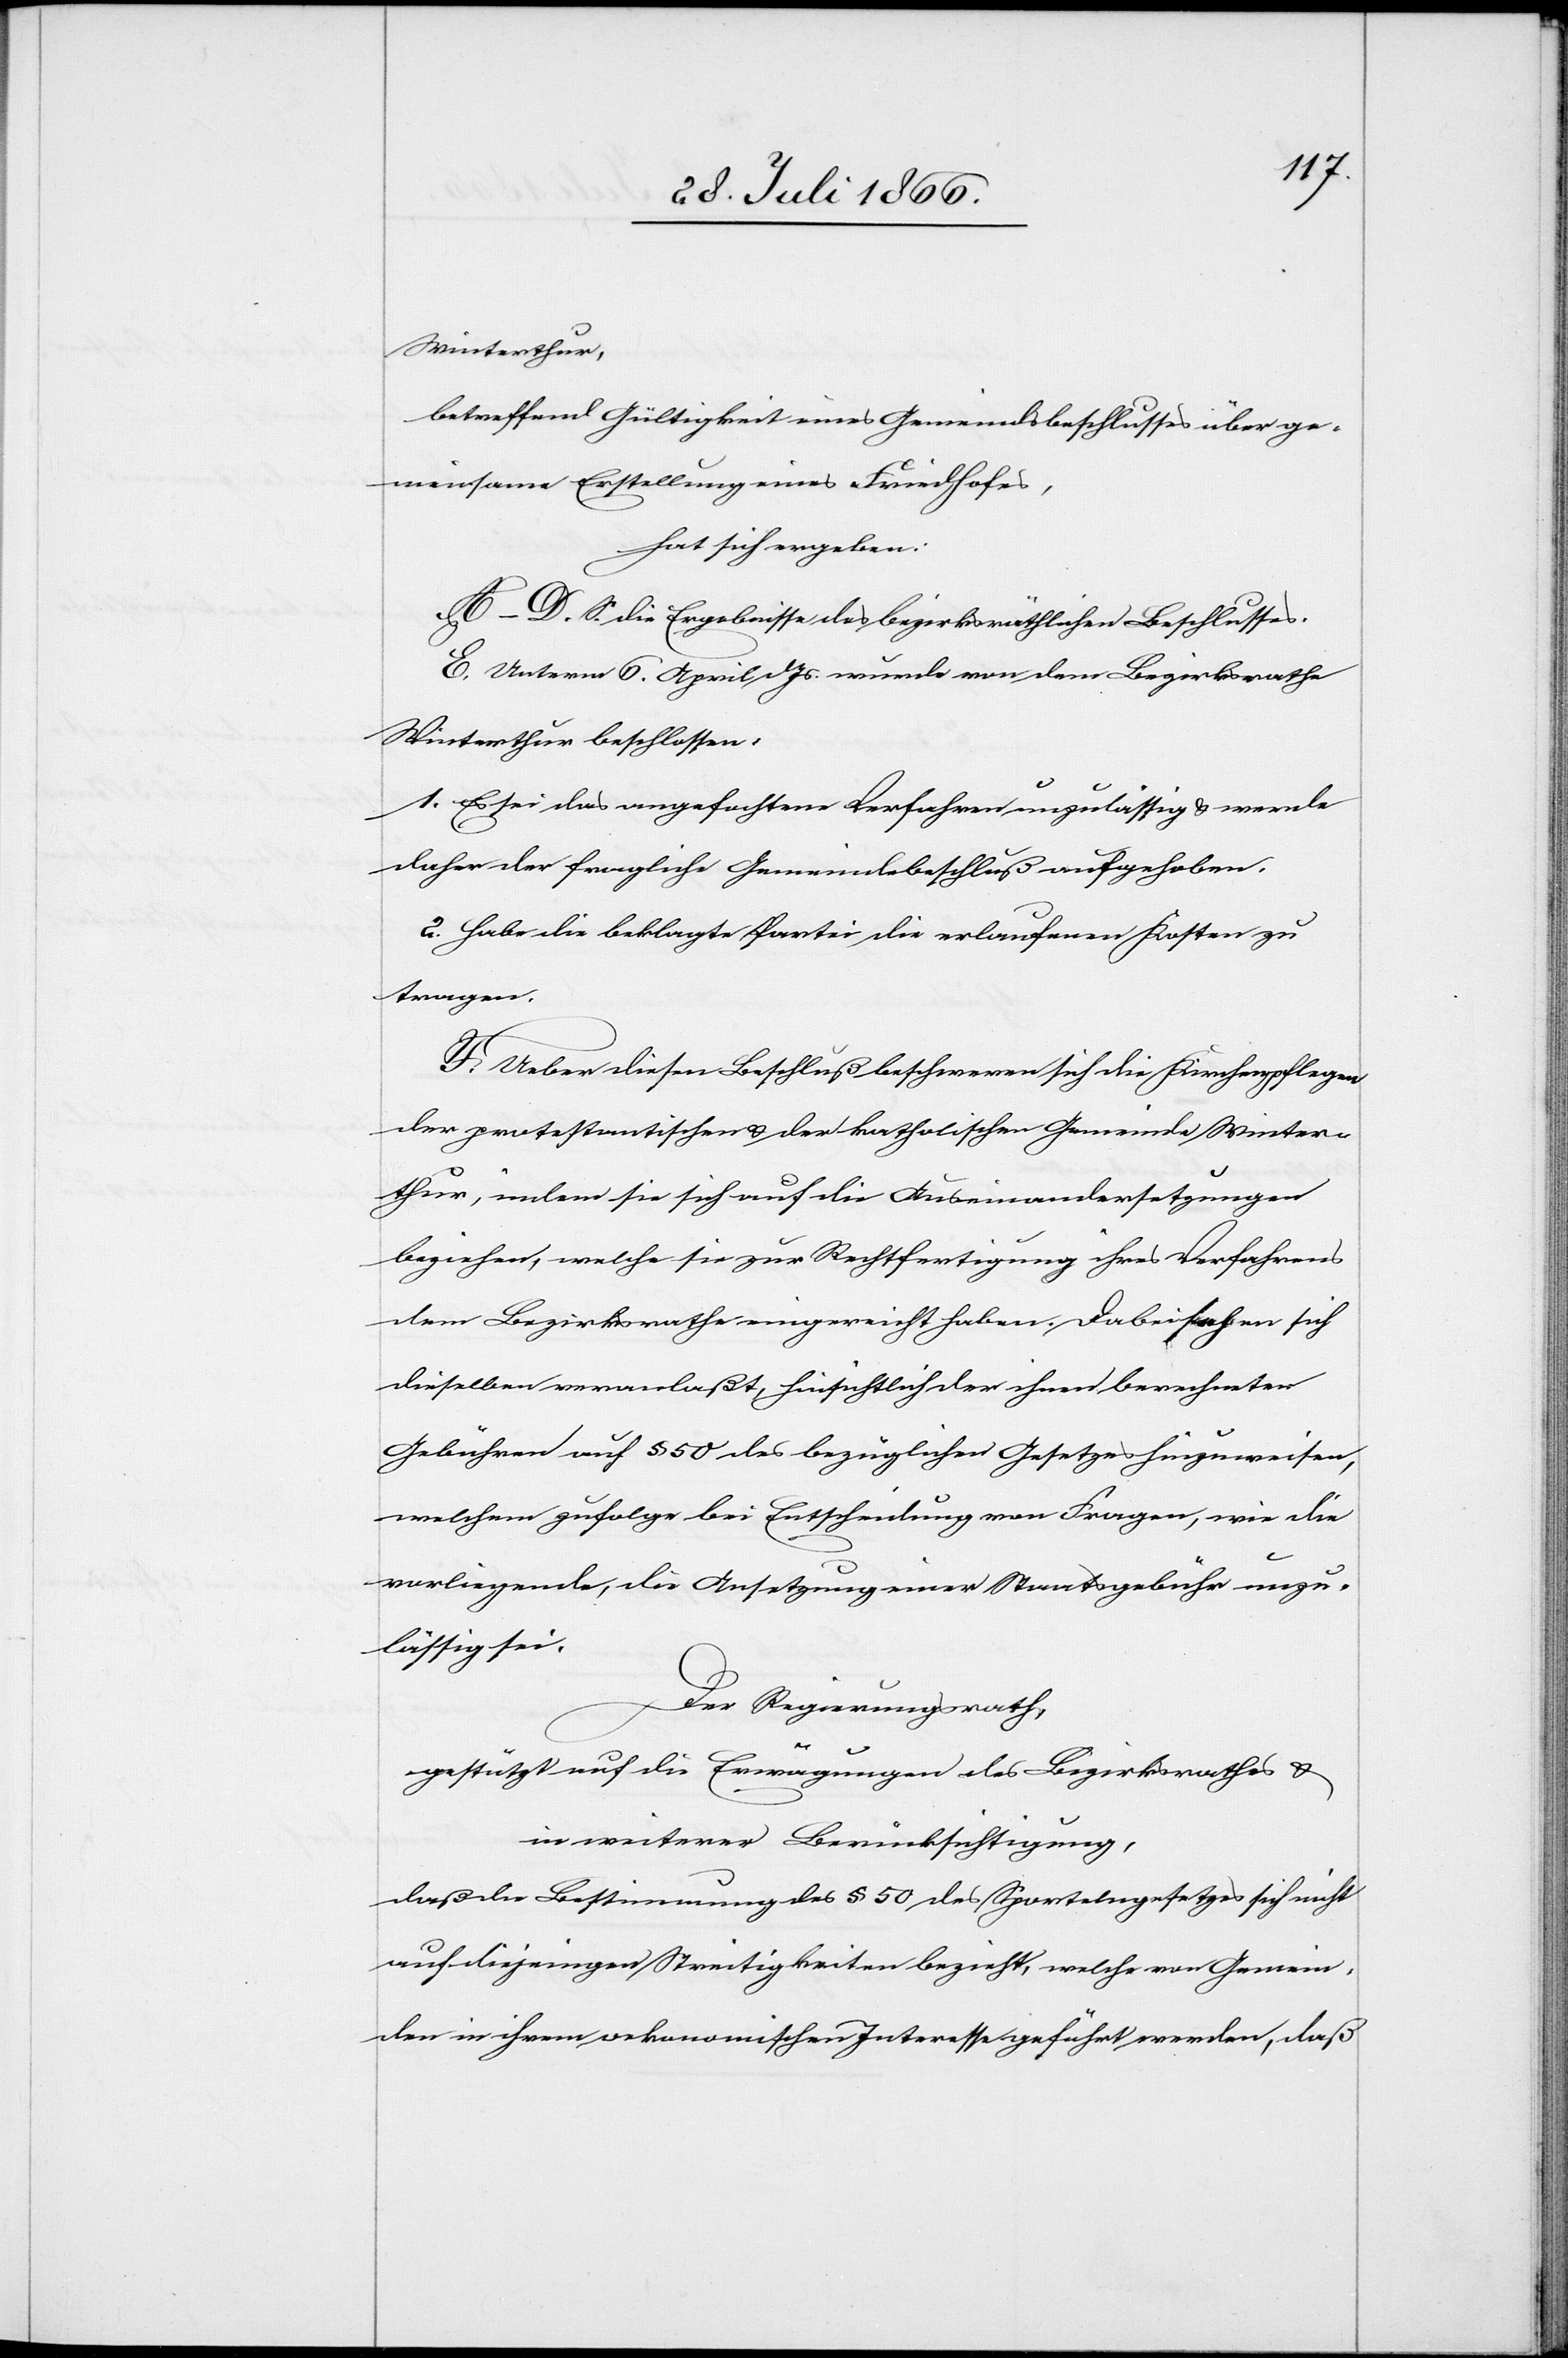
Winterthur,
betreffend Gültigkeit eines Gemeindsbeschlusses über ge¬
meinsame Erstellung eines Friedhofes,
hat sich ergeben:
A–D. S. die Ergebnisse des bezirksräthlichen Beschlusses.
E. Unterm 6. April d Js. wurde von dem Bezirksrathe
Winterthur beschlossen:
1. Es sei das angefochtene Verfahren unzulässig u. werde
daher der fragliche Gemeindebeschluß aufgehoben.
2. Habe die beklagte Partei die erlaufenen Kosten zu
tragen.
F. Ueber diesen Beschluß beschweren sich die Kirchenpflegen
der protestantischen u. der katholischen Gemeinde Winter¬
thur, indem sie sich auf die Auseinandersetzungen
beziehen, welche sie zur Rechtfertigung ihres Verfahrens
dem Bezirksrathe eingereicht haben. Dabei sehen sich
dieselben veranlaßt, hinsichtlich der ihnen berechneten
Gebühren auf § 50 des bezüglichen Gesetzes hinzuweisen,
welchem zufolge bei Entscheidung von Fragen, wie die
vorliegende, die Ansetzung einer Staatsgebühr unzu¬
lässig sei.
Der Regierungsrath,
gestützt auf die Erwägungen des Bezirksrathes u.
in weiterer Berücksichtigung,
daß die Bestimmung des § 50 des Sportelngesetzes sich nicht
auf diejenigen Streitigkeiten bezieht, welche von Gemein¬
den in ihrem oekonomischen Interesse geführt werden, daß